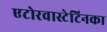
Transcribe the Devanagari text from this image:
एटोरवास्टेटिनका